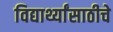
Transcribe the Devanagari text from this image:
विद्यार्थ्यांसाठीचे